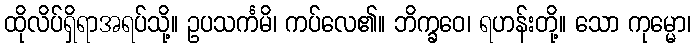
ထိုလိပ်ရှိရာအရပ်သို့။ ဥပသင်္ကမိ၊ ကပ်လေ၏။ ဘိက္ခဝေ၊ ရဟန်းတို့။ သော ကုမ္မော၊